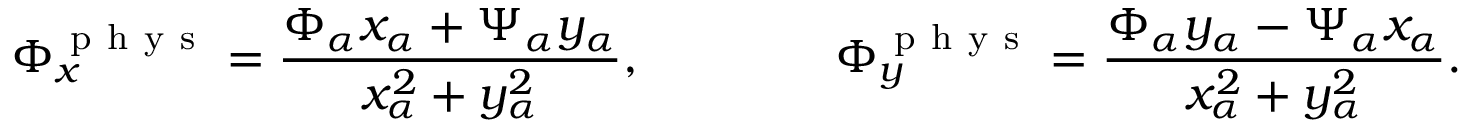
\Phi _ { x } ^ { \mathrm { ~ p ~ h ~ y ~ s ~ } } = \frac { \Phi _ { \alpha } x _ { \alpha } + \Psi _ { \alpha } y _ { \alpha } } { x _ { \alpha } ^ { 2 } + y _ { \alpha } ^ { 2 } } , \qquad \qquad \Phi _ { y } ^ { \mathrm { ~ p ~ h ~ y ~ s ~ } } = \frac { \Phi _ { \alpha } y _ { \alpha } - \Psi _ { \alpha } x _ { \alpha } } { x _ { \alpha } ^ { 2 } + y _ { \alpha } ^ { 2 } } .